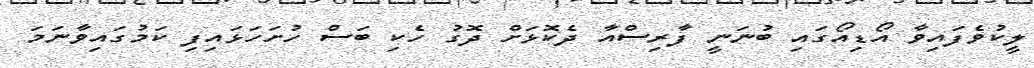
ލީކުވެފައިވާ އޯޑިއޯގައި ބުނަނީ ފާރިސްއާ ދެކޮޅަށް ދޮގު ހެކި ބަސް ހުށަހަޅައިފި ކަމުގައިވާނަމަ